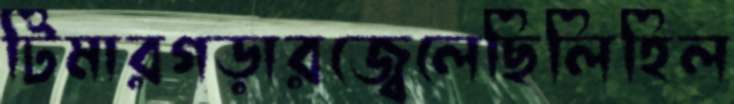
টিমারগড়ারজ্বেলেছিলিহিল